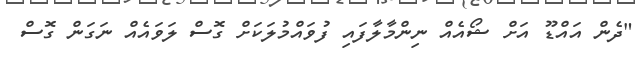
"ދެން އައްޑޫ އަށް ޝޯއެއް ނިންމާލާފައި ފުވައްމުލަކަށް ގޮސް ލަވައެއް ނަގަން ގޮސް